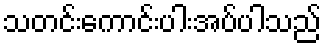
သတင်းကောင်းပါးအပ်ပါသည်